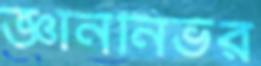
জ্ঞাননির্ভর